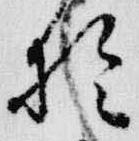
於